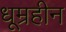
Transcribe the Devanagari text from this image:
धूम्रहीन